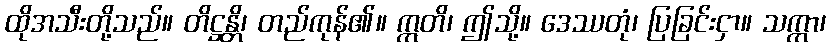
ထိုအသီးတို့သည်။ တိဋ္ဌန္တိ၊ တည်ကုန်၏။ ဣတိ၊ ဤသို့။ ဒေဿတုံ၊ ပြခြင်းငှာ။ သက္ကာ၊